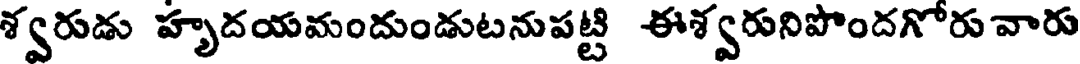
శ్వరుడు హృదయమందుండుటనుపట్టి ఈశ్వరునిపొందగోరు వారు